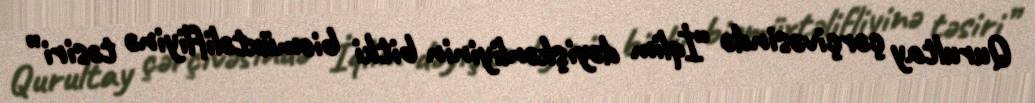
Qurultay çərçivəsində “İqlim dəyişkənliyinin bitki biomüxtəlifliyinə təsiri”